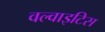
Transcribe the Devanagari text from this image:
वल्वाइटिस